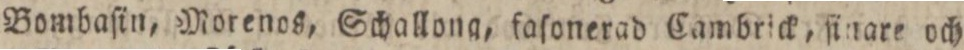
Bombaſin, Morenos, Schallong, faſonerad Cambrick, ſinare och